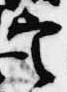
定